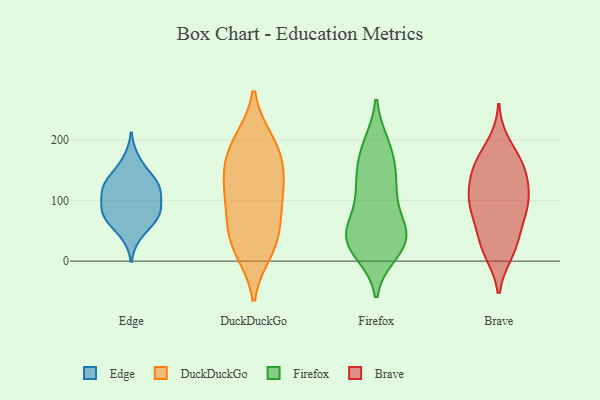
{"axis": {"x": "Latency (ms)", "y": "Value"}, "legend": ["Brave", "DuckDuckGo", "Edge", "Firefox"], "data": [{"x": "", "y": 122, "type": "Edge"}, {"x": "", "y": 42, "type": "Edge"}, {"x": "", "y": 91, "type": "Edge"}, {"x": "", "y": 108, "type": "Edge"}, {"x": "", "y": 123, "type": "Edge"}, {"x": "", "y": 74, "type": "Edge"}, {"x": "", "y": 80, "type": "Edge"}, {"x": "", "y": 127, "type": "Edge"}, {"x": "", "y": 59, "type": "Edge"}, {"x": "", "y": 134, "type": "Edge"}, {"x": "", "y": 79, "type": "Edge"}, {"x": "", "y": 106, "type": "Edge"}, {"x": "", "y": 169, "type": "Edge"}, {"x": "", "y": 74, "type": "Edge"}, {"x": "", "y": 146, "type": "Edge"}, {"x": "", "y": 80, "type": "DuckDuckGo"}, {"x": "", "y": 107, "type": "DuckDuckGo"}, {"x": "", "y": 142, "type": "DuckDuckGo"}, {"x": "", "y": 17, "type": "DuckDuckGo"}, {"x": "", "y": 101, "type": "DuckDuckGo"}, {"x": "", "y": 37, "type": "DuckDuckGo"}, {"x": "", "y": 54, "type": "DuckDuckGo"}, {"x": "", "y": 144, "type": "DuckDuckGo"}, {"x": "", "y": 187, "type": "DuckDuckGo"}, {"x": "", "y": 22, "type": "DuckDuckGo"}, {"x": "", "y": 146, "type": "DuckDuckGo"}, {"x": "", "y": 193, "type": "DuckDuckGo"}, {"x": "", "y": 198, "type": "DuckDuckGo"}, {"x": "", "y": 192, "type": "Firefox"}, {"x": "", "y": 49, "type": "Firefox"}, {"x": "", "y": 125, "type": "Firefox"}, {"x": "", "y": 135, "type": "Firefox"}, {"x": "", "y": 119, "type": "Firefox"}, {"x": "", "y": 193, "type": "Firefox"}, {"x": "", "y": 35, "type": "Firefox"}, {"x": "", "y": 36, "type": "Firefox"}, {"x": "", "y": 41, "type": "Firefox"}, {"x": "", "y": 129, "type": "Firefox"}, {"x": "", "y": 14, "type": "Firefox"}, {"x": "", "y": 22, "type": "Firefox"}, {"x": "", "y": 34, "type": "Firefox"}, {"x": "", "y": 160, "type": "Firefox"}, {"x": "", "y": 180, "type": "Firefox"}, {"x": "", "y": 82, "type": "Firefox"}, {"x": "", "y": 21, "type": "Firefox"}, {"x": "", "y": 71, "type": "Firefox"}, {"x": "", "y": 55, "type": "Firefox"}, {"x": "", "y": 193, "type": "Brave"}, {"x": "", "y": 14, "type": "Brave"}, {"x": "", "y": 111, "type": "Brave"}, {"x": "", "y": 38, "type": "Brave"}, {"x": "", "y": 137, "type": "Brave"}, {"x": "", "y": 34, "type": "Brave"}, {"x": "", "y": 14, "type": "Brave"}, {"x": "", "y": 117, "type": "Brave"}, {"x": "", "y": 162, "type": "Brave"}, {"x": "", "y": 87, "type": "Brave"}, {"x": "", "y": 100, "type": "Brave"}, {"x": "", "y": 148, "type": "Brave"}, {"x": "", "y": 155, "type": "Brave"}, {"x": "", "y": 166, "type": "Brave"}, {"x": "", "y": 85, "type": "Brave"}, {"x": "", "y": 92, "type": "Brave"}, {"x": "", "y": 67, "type": "Brave"}]}